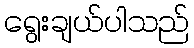
ရွေးချယ်ပါသည်